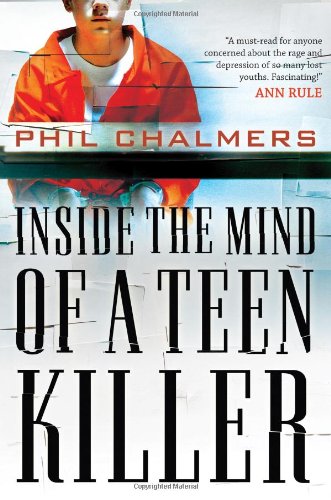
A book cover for Inside the Mind of a Teen Killer; Phil Chalmers; Medical Books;